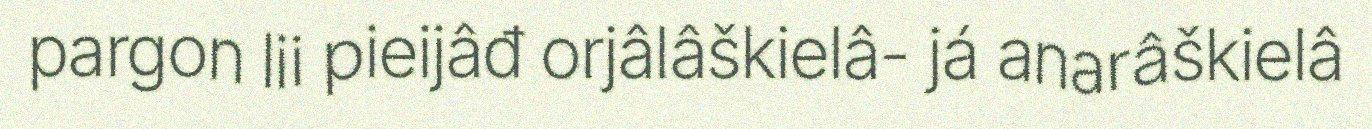
pargon lii pieijâđ orjâlâškielâ- já anarâškielâ